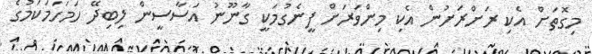
މިގޮތަށް އެކި ރަށްރަށުން އެކި މިންވަރަށް ފީނެގުމަކީ ގާނޫނު އަސާސީން ލިބިދޭ ހަމަހަމަކަމުގެ